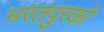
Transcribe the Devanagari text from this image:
भरतपुरको